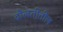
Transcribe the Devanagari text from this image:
दौलतीतील